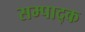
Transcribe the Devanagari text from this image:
सम्पाद्क